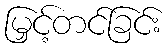
မြှင့်တင်ခြင်း